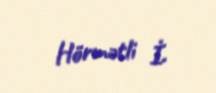
Hörmətli İ.